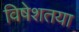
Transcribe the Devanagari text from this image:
विषेशतया